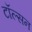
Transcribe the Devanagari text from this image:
टॉल्सन